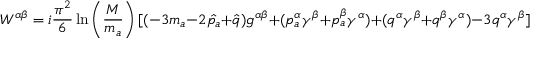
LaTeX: W ^ { \alpha \beta } = i \frac { \pi ^ { 2 } } { 6 } \ln \left( \frac { M } { m _ { a } } \right) [ ( - 3 m _ { a } - 2 \hat { p _ { a } } + \hat { q } ) g ^ { \alpha \beta } + ( p _ { a } ^ { \alpha } \gamma ^ { \beta } + p _ { a } ^ { \beta } \gamma ^ { \alpha } ) + ( q ^ { \alpha } \gamma ^ { \beta } + q ^ { \beta } \gamma ^ { \alpha } ) - 3 q ^ { \alpha } \gamma ^ { \beta } ]